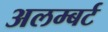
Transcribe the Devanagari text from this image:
अलम्बर्ट